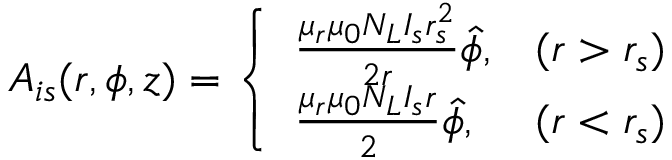
\boldsymbol { A _ { i s } } ( r , \phi , z ) = \left\{ \begin{array} { l l } { \frac { \mu _ { r } \mu _ { 0 } N _ { L } I _ { s } r _ { s } ^ { 2 } } { 2 r } \hat { \phi } , } & { ( r > r _ { s } ) } \\ { \frac { \mu _ { r } \mu _ { 0 } N _ { L } I _ { s } r } { 2 } \hat { \phi } , } & { ( r < r _ { s } ) } \end{array} \right.